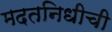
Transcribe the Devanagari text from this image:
मदतनिधीची